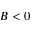
B < 0